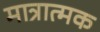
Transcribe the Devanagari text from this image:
मात्रात्‍मक